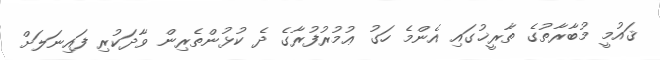
ޤައުމީ މުބާރާތުގެ ތާރީޚުގައި އެންމެ ހަގު ޢުމުރުފުރާގެ ދެ ކުޅުންތެރިން ވާދަކުރި ފައިނަލަށް